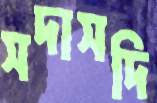
সদাসদি